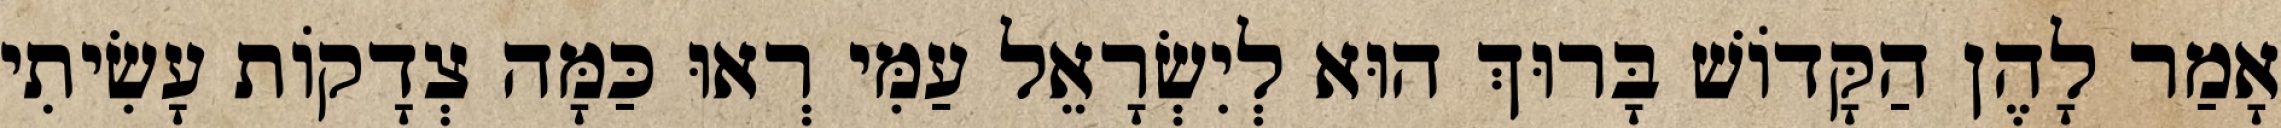
אָמַר לָהֶן הַקָּדוֹשׁ בָּרוּךְ הוּא לְיִשְׂרָאֵל עַמִּי רְאוּ כַּמָּה צְדָקוֹת עָשִׂיתִי